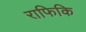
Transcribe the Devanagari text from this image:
राफिकि